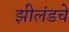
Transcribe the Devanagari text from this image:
झीलंडचे